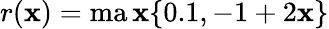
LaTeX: r(\mathbf{x})=\operatorname*{ma\mathbf{x}}\{ 0.1,-1+2\mathbf{x}\}